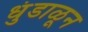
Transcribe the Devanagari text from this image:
धुंडाळून